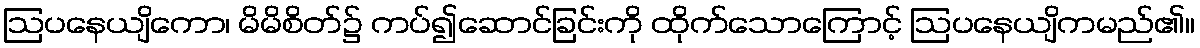
ဩပနေယျိကော၊ မိမိစိတ်၌ ကပ်၍ဆောင်ခြင်းကို ထိုက်သောကြောင့် ဩပနေယျိကမည်၏။